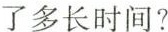
了多长时间?